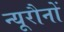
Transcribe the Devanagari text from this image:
न्यूरौनों